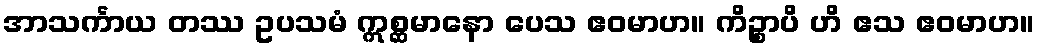
အာသင်္ကာယ တဿ ဥပသမံ ဣစ္ဆမာနော ပေသ ဧဝမာဟ။ ကိဉ္စာပိ ဟိ ဧသ ဧဝမာဟ။